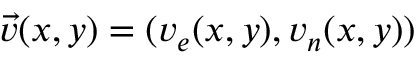
\vec { v } ( x , y ) = ( v _ { e } ( x , y ) , v _ { n } ( x , y ) )